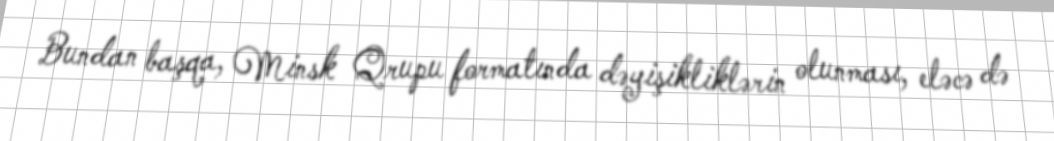
Bundan başqa, Minsk Qrupu formatında dəyişikliklərin olunması, eləcə də